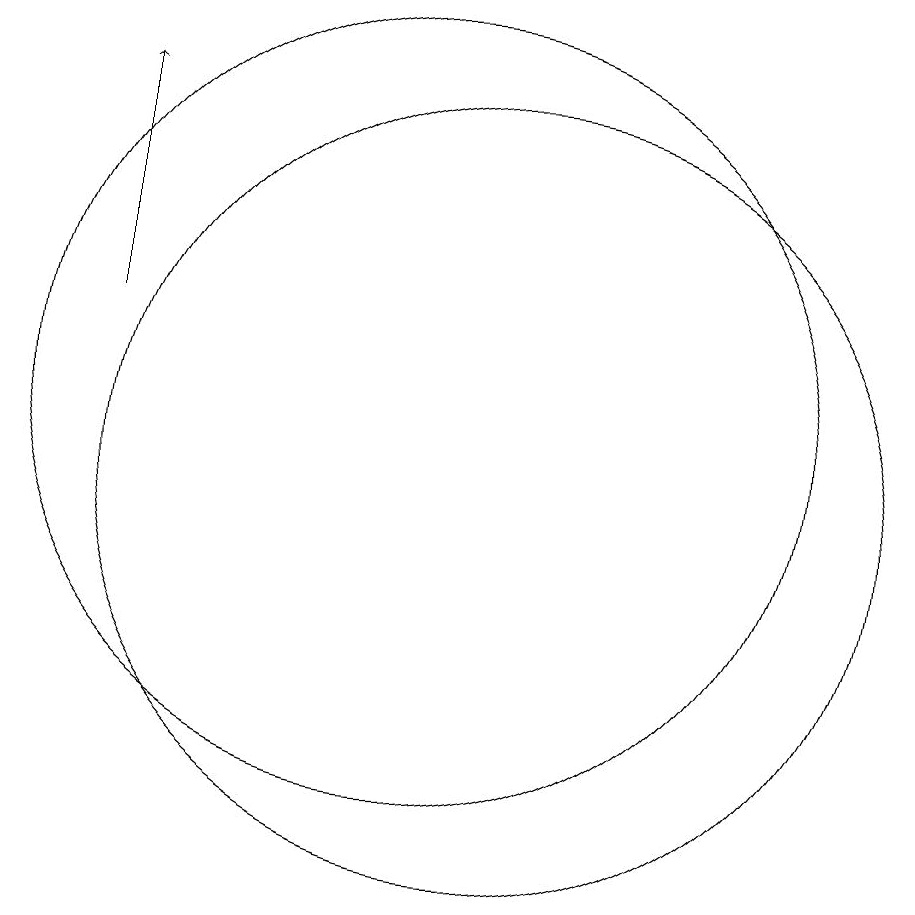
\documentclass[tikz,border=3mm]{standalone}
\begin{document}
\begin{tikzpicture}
\draw (12,11) circle (5);
\draw (11,12) circle (5);
\draw[->] (7,13) -- (7,16);
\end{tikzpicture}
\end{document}